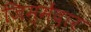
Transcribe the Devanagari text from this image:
जिम्मेंदार